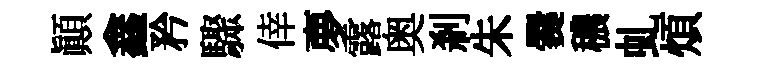
顚鑫矜驟倖夣露奥剎朱爨穠虬煩